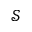
\mathcal { S }